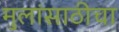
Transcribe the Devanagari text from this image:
मुलांसाठीचा